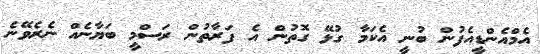
އެމްއެންޑީއެފުން ބުނީ އެކަމާ ގުޅޭ ގޮތުން އެ ފަރާތުން ރަސްމީ ބަޔާނެއް ނެރެވޭނެ